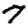
Digit: 7